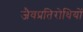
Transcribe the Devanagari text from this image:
जैवप्रतिरोधियों